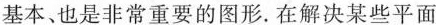
基本、也是非常重要的图形。在解决某些平面